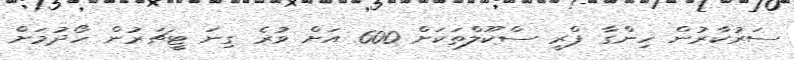
ސަރުކާރުން ހިންގާ ޕްރީ ސްކޫލްތަކަށް 600 އަށް ވުރެ ގިނަ ޓީޗަރުން ހޯދުމަށް